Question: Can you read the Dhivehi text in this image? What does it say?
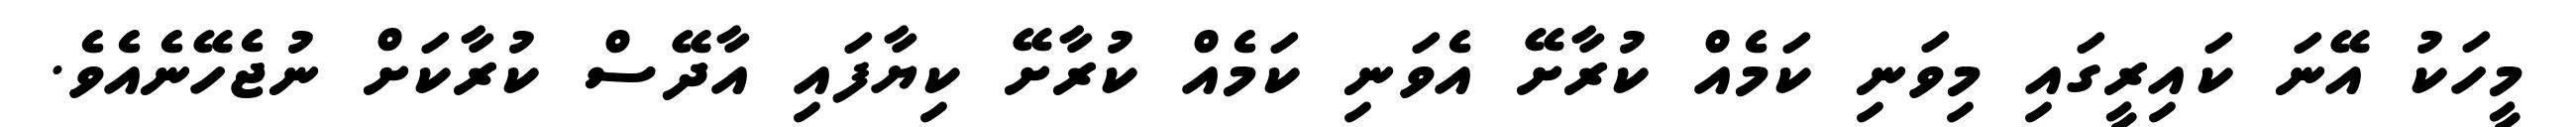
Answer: މީހަކު އޭނަ ކައިރީގައި މިވަނި ކަމެއް ކުރާށޭ އެވަނި ކަމެއް ކުރާށޭ ކިޔާފައި އާދޭސް ކުރާކަށް ނުޖެހޭނެއެވެ.